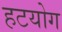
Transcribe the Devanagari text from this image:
हटयोग